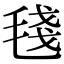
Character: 𣮏